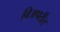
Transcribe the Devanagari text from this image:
विअपरीत